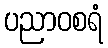
ပညာဝစရံ